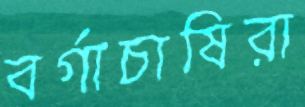
বর্গাচাষিরা